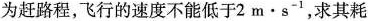
为赶路程，飞行的速度不能低于2m·s^{-1}，求其耗